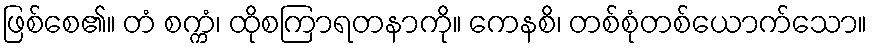
ဖြစ်စေ၏။ တံ စက္ကံ၊ ထိုစကြာရတနာကို။ ကေနစိ၊ တစ်စုံတစ်ယောက်သော။